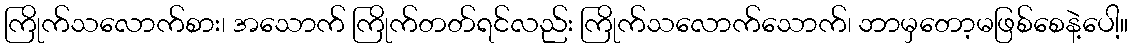
ကြိုက်သလောက်စား၊ အသောက် ကြိုက်တတ်ရင်လည်း ကြိုက်သလောက်သောက်၊ ဘာမှတော့မဖြစ်စေနဲ့ပေါ့။